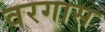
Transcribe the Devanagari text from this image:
वरगास